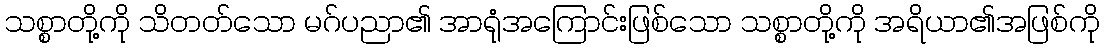
သစ္စာတို့ကို သိတတ်သော မဂ်ပညာ၏ အာရုံအကြောင်းဖြစ်သော သစ္စာတို့ကို အရိယာ၏အဖြစ်ကို